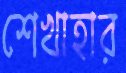
শেখাহার